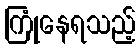
ကြုံနေရသည့်